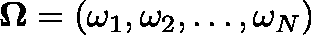
\mathbf { \Omega } = ( \omega _ { 1 } , \omega _ { 2 } , \dots , \omega _ { N } )